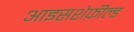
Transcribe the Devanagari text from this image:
आइसशेफ़ील्ड